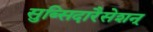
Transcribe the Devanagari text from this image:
सुब्सिदारैसेशन्